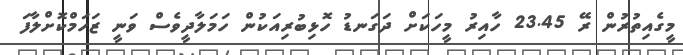
މީގެއިތުރުން ރޭ 23.45 ހާއިރު މީހަކަށް ދަގަނޑު ހޮޅިބުރިއަކުން ހަމަލާދީވެސް ވަނީ ޒަހަމްކޮށްލާފަ